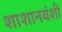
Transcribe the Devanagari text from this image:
शाशानवंशी